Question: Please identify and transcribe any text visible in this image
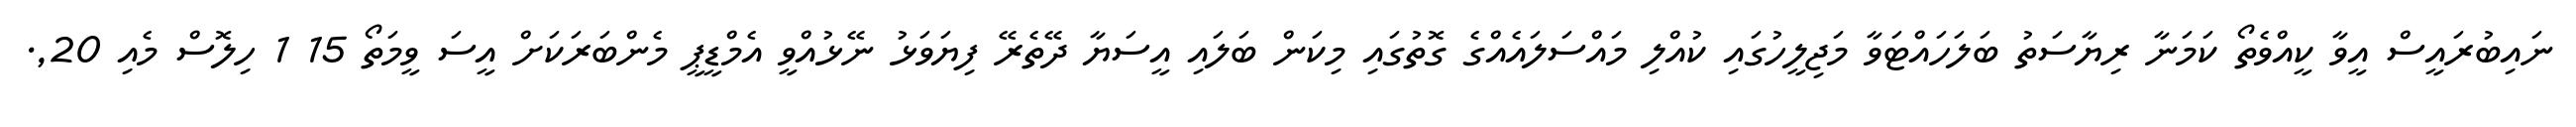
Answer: ނައިބުރައީސް އީވާ ކީއްވެތޯ ކަމަނާ ރިޔާސަތު ބަލަހައްޓަވާ މަޖިލީހުގައި ކުއްލި މައްސަލައެއްގެ ގޮތުގައި މިކަން ބަލައި އީސަޔާ ދޭތެރޭ ފިޔަވަޅު ނޭޅުއްވީ އެމްޑީޕީ މެންބަރަކަށް އީސަ ވީމަތޯ 15 1 ހިލޮސް މެއި 20,.